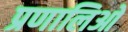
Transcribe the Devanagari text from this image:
प्रणालिओ